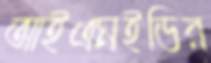
আইএমইডির